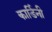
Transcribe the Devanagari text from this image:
कार्डिनी